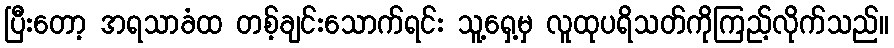
ပြီးတော့ အရသာခံထ တစ့်ချင်းသောက်ရင်း သူ့ရှေ့မှ လူထုပရိသတ်ကိုကြည့်လိုက်သည်။